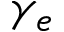
\gamma _ { e }